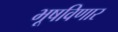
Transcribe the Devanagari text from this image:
भूषविणार